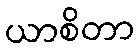
ယာစိတာ